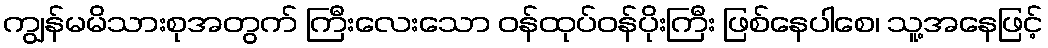
ကျွန်မမိသားစုအတွက် ကြီးလေးသော ဝန်ထုပ်ဝန်ပိုးကြီး ဖြစ်နေပါစေ၊ သူ့အနေဖြင့်